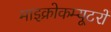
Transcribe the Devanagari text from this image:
माइक्रोकम्यूटरों